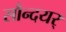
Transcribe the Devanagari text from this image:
सौन्दयर्